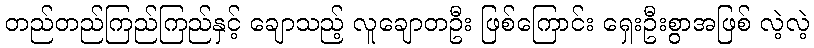
တည်တည်ကြည်ကြည်နှင့် ချောသည့် လူချောတဦး ဖြစ်ကြောင်း ရှေးဦးစွာအဖြစ် လဲ့လဲ့